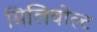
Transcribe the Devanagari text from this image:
मिलिवोल्ट